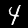
Digit: 4